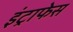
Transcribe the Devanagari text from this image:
इंट्राफेस